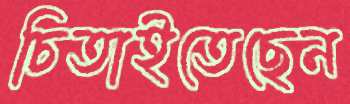
চিতাইতেছেন